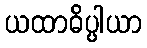
ယထာဓိပ္ပါယာ